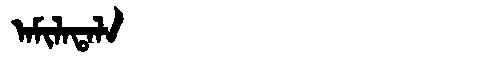
Manchu: ᠠᠮᡳᠯᠠᡨᠠᠯᠠ
Romanization: AMILATALA